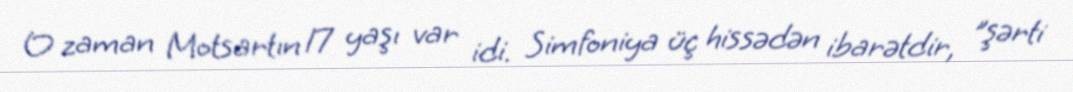
O zaman Motsartın 17 yaşı var idi. Simfoniya üç hissədən ibarətdir, "şərti